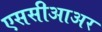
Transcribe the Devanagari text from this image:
एससीआअर